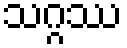
သဂ္ဂဿ